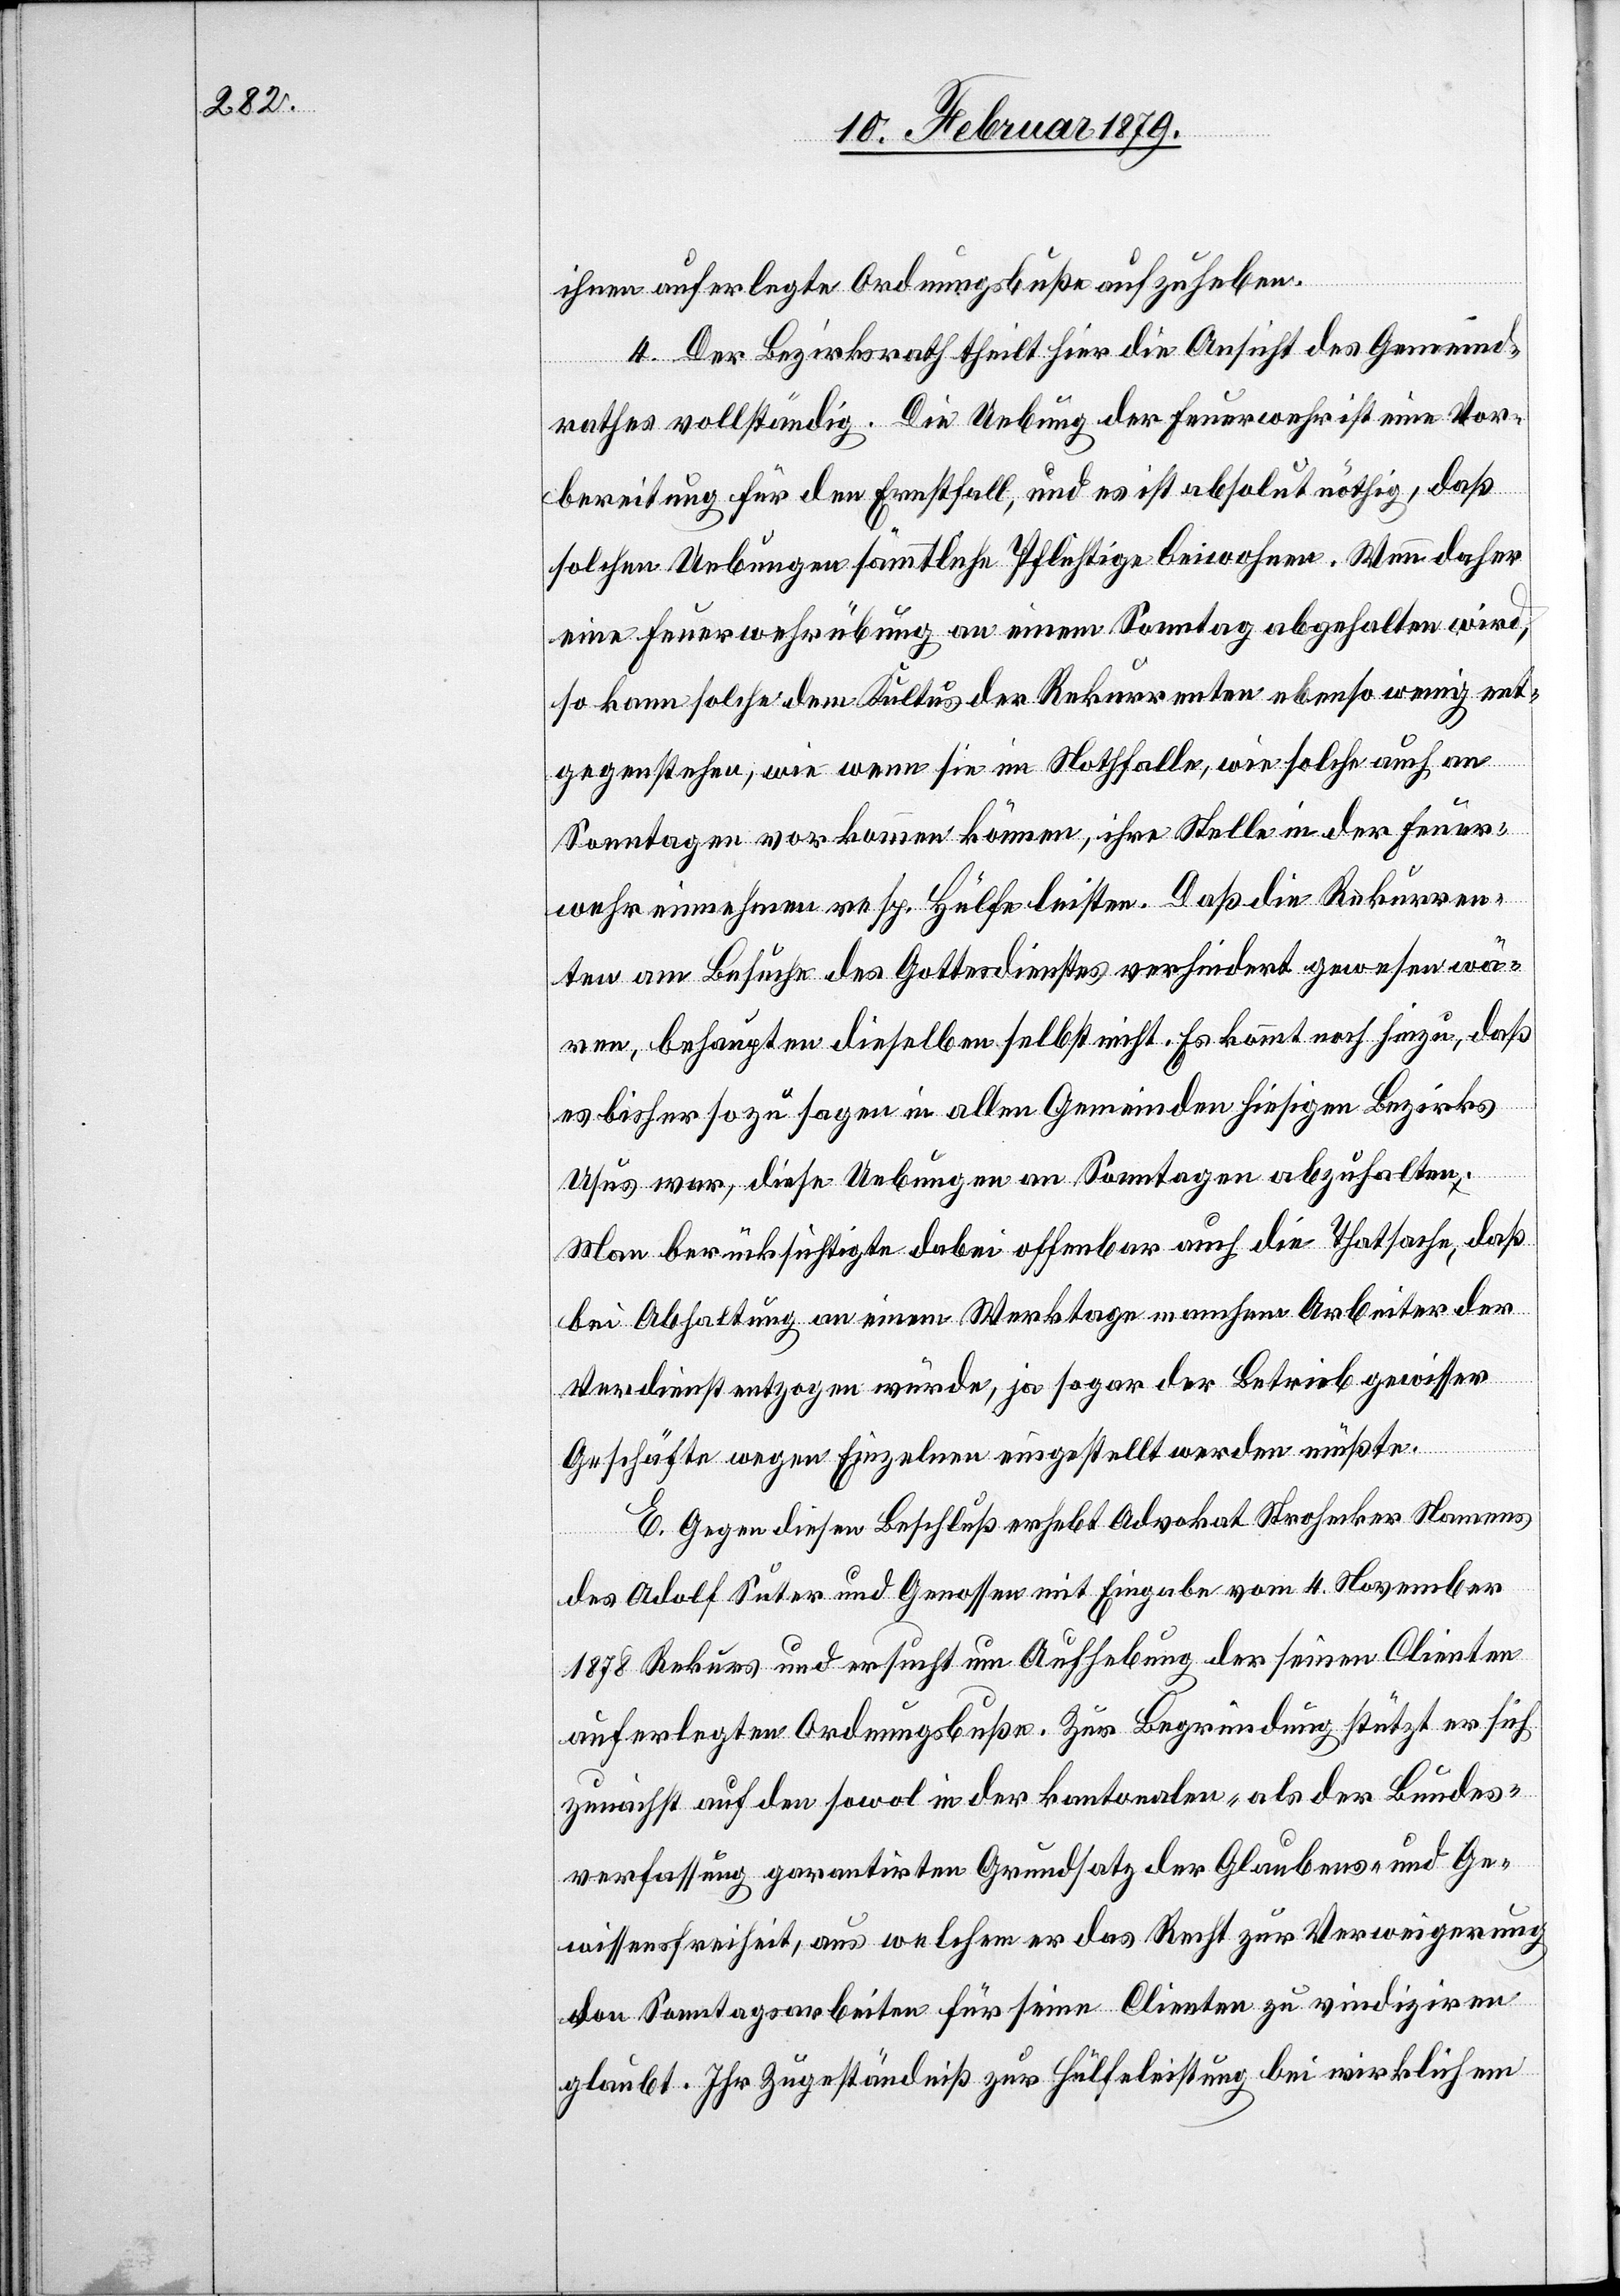
ihnen auferlegte Ordnungsbuße aufzuheben.
4. Der Bezirksrath theilt hier die Ansicht des Gemeind¬
rathes vollständig. Die Uebung der Feuerwehr ist eine Vor¬
bereitung für den Ernstfall, und es ist absolut nöthig, daß
solchen Uebungen sämmtliche Pflichtige beiwohnen. Wenn daher
eine Feuerwehrübung an einem Sonntag abgehalten wird,
so kann solche dem Kultus der Rekurrenten ebenso wenig ent¬
gegenstehen, wie wenn sie im Nothfalle, wie solche auch an
Sonntagen vorkommen können, ihre Stelle in der Feuer¬
wehr einnehmen resp. Hülfe leisten. Daß die Rekurren¬
ten am Besuche des Gottesdienstes verhindert gewesen wä¬
ren, behaupten dieselben selbst nicht. Es kommt noch hinzu, daß
es bisher sozusagen in allen Gemeinden hiesigen Bezirks
Usus war, diese Uebungen an Sonntagen abzuhalten.
Man berücksichtigte dabei offenbar auch die Thatsache, daß
bei Abhaltung an einem Werktage manchem Arbeiter der
Verdienst entzogen würde, ja sogar der Betrieb gewisser
Geschäfte wegen Einzelnen eingestellt werden müßte.
E. Gegen diesen Beschluß erhebt Advokat Strohecker Namens
des Adolf Suter und Genossen mit Eingabe vom 4. November
1878 Rekurs und ersucht um Aufhebung der seinen Clienten
auferlegten Ordnungsbuße. Zur Begründung stützt er sich
zunächst auf den sowol in der kantonalen- als der Bundes¬
verfassung garantirten Grundsatz der Glaubens- und Ge¬
wissensfreiheit, aus welchem er das Recht zur Verweigerung
von Sonntagsarbeiten für seine Clienten zu vindiziren
glaubt. Ihr Zugeständniß zur Hülfeleistung bei wirklichem